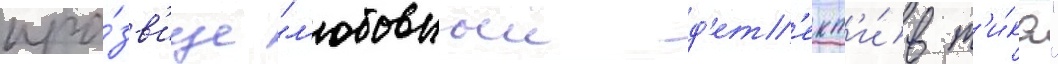
про́зв'ище "л'юбовныи д'ет'ект'и́в т'и́ка"